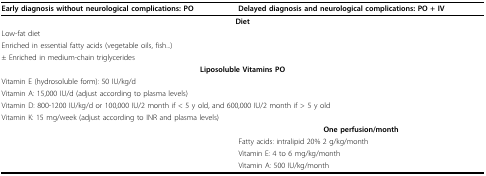
<table><thead><tr><td><b>Early diagnosis without neurological complications: PO</b></td><td><b>Delayed diagnosis and neurological complications: PO + IV</b></td></tr></thead><tbody><tr><td colspan="2"><b>Diet</b></td></tr><tr><td colspan="2">Low-fat diet</td></tr><tr><td colspan="2">Enriched in essential fatty acids (vegetable oils, fish...)</td></tr><tr><td colspan="2">± Enriched in medium-chain triglycerides</td></tr><tr><td colspan="2"><b>Liposoluble Vitamins PO</b></td></tr><tr><td colspan="2">Vitamin E (hydrosoluble form): 50 IU/kg/d</td></tr><tr><td colspan="2">Vitamin A: 15,000 IU/d (adjust according to plasma levels)</td></tr><tr><td colspan="2">Vitamin D: 800-1200 IU/kg/d or 100,000 IU/2 month if &lt; 5 y old, and 600,000 IU/2 month if &gt; 5 y old</td></tr><tr><td colspan="2">Vitamin K: 15 mg/week (adjust according to INR and plasma levels)</td></tr><tr><td></td><td><b>One perfusion/month</b></td></tr><tr><td></td><td>Fatty acids: intralipid 20% 2 g/kg/month</td></tr><tr><td></td><td>Vitamin E: 4 to 6 mg/kg/month</td></tr><tr><td></td><td>Vitamin A: 500 IU/kg/month</td></tr></tbody></table>